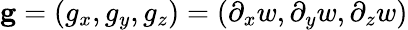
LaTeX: {\mathbf g}=(g_{x},g_{y},g_{z})=(\partial_{x}w,\partial_{y}w,\partial_{z}w)